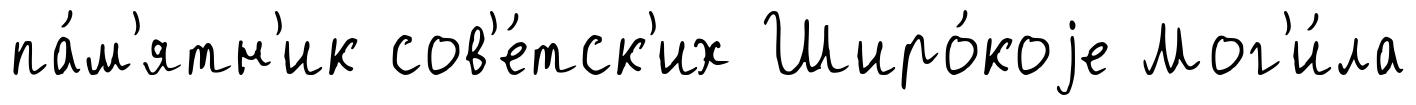
па́м'ятн'ик сов'е́тск'их Широ́коjе Мог'и́ла